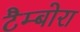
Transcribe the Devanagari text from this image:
टैम्बोरा